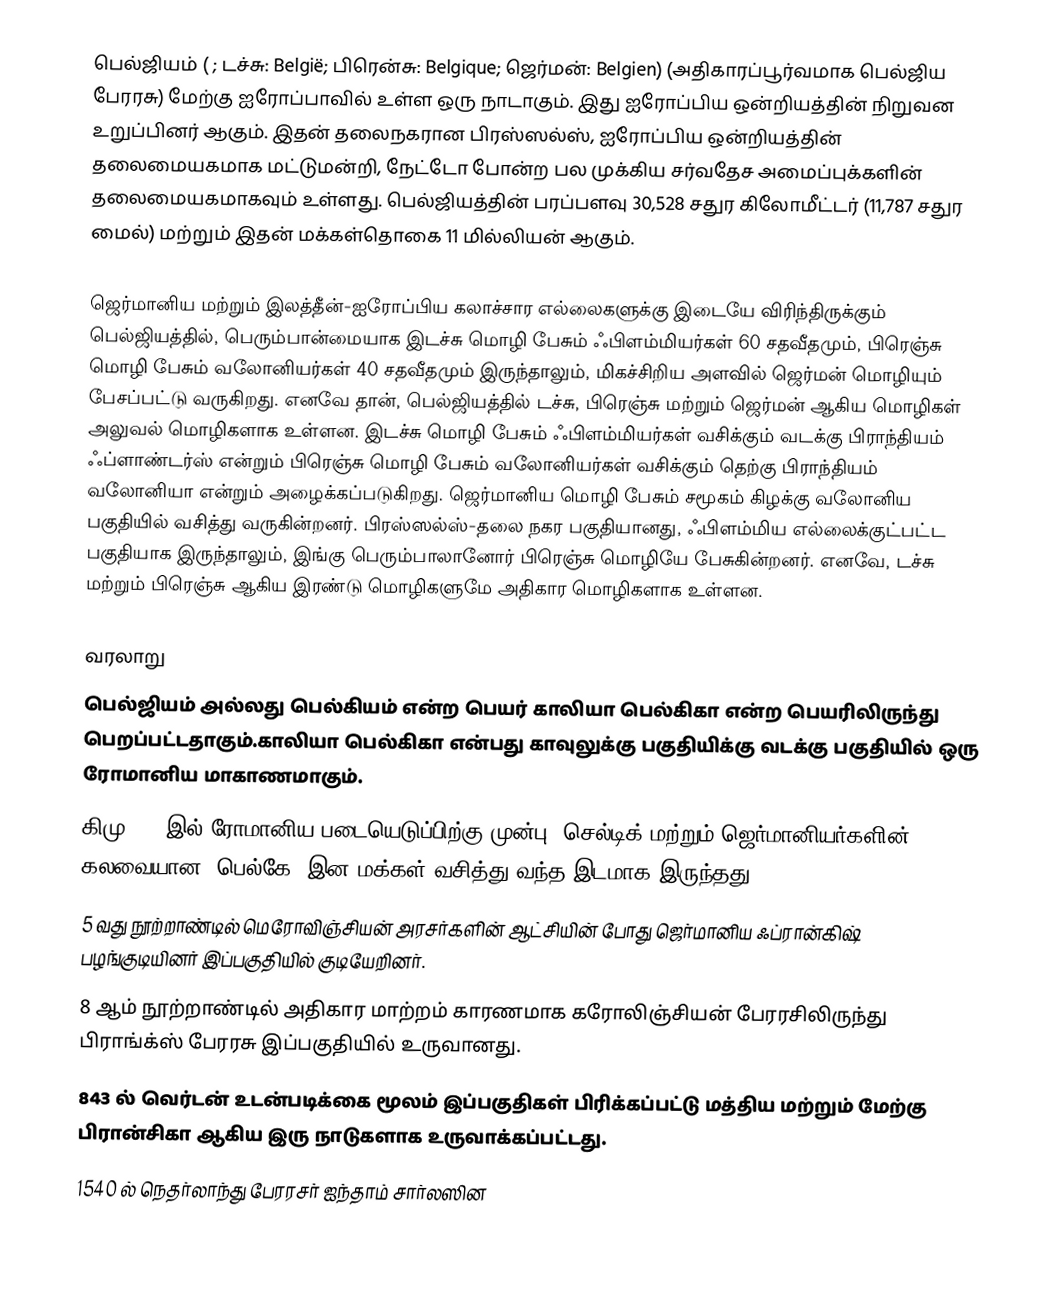
பெல்ஜியம் ( ; டச்சு: België; பிரென்சு: Belgique; ஜெர்மன்: Belgien) (அதிகாரப்பூர்வமாக பெல்ஜிய பேரரசு) மேற்கு ஐரோப்பாவில் உள்ள ஒரு நாடாகும். இது ஐரோப்பிய ஒன்றியத்தின் நிறுவன உறுப்பினர் ஆகும். இதன் தலைநகரான பிரஸ்ஸல்ஸ், ஐரோப்பிய ஒன்றியத்தின் தலைமையகமாக மட்டுமன்றி, நேட்டோ போன்ற பல முக்கிய சர்வதேச அமைப்புக்களின் தலைமையகமாகவும் உள்ளது. பெல்ஜியத்தின் பரப்பளவு 30,528 சதுர கிலோமீட்டர் (11,787 சதுர மைல்) மற்றும் இதன் மக்கள்தொகை 11 மில்லியன் ஆகும்.

ஜெர்மானிய மற்றும் இலத்தீன்-ஐரோப்பிய கலாச்சார எல்லைகளுக்கு இடையே விரிந்திருக்கும் பெல்ஜியத்தில், பெரும்பான்மையாக இடச்சு மொழி பேசும் ஃபிளம்மியர்கள் 60 சதவீதமும், பிரெஞ்சு மொழி பேசும் வலோனியர்கள் 40 சதவீதமும் இருந்தாலும், மிகச்சிறிய அளவில் ஜெர்மன் மொழியும் பேசப்பட்டு வருகிறது. எனவே தான், பெல்ஜியத்தில் டச்சு, பிரெஞ்சு மற்றும் ஜெர்மன் ஆகிய மொழிகள் அலுவல் மொழிகளாக உள்ளன. இடச்சு மொழி பேசும் ஃபிளம்மியர்கள் வசிக்கும் வடக்கு பிராந்தியம் ஃப்ளாண்டர்ஸ் என்றும் பிரெஞ்சு மொழி பேசும் வலோனியர்கள் வசிக்கும் தெற்கு பிராந்தியம் வலோனியா என்றும் அழைக்கப்படுகிறது. ஜெர்மானிய மொழி பேசும் சமூகம் கிழக்கு வலோனிய பகுதியில் வசித்து வருகின்றனர். பிரஸ்ஸல்ஸ்-தலை நகர பகுதியானது, ஃபிளம்மிய எல்லைக்குட்பட்ட பகுதியாக இருந்தாலும், இங்கு பெரும்பாலானோர் பிரெஞ்சு மொழியே பேசுகின்றனர். எனவே, டச்சு மற்றும் பிரெஞ்சு ஆகிய இரண்டு மொழிகளுமே அதிகார மொழிகளாக உள்ளன.

வரலாறு
பெல்ஜியம் அல்லது பெல்கியம் என்ற பெயர் காலியா பெல்கிகா என்ற பெயரிலிருந்து பெறப்பட்டதாகும்.காலியா பெல்கிகா என்பது காவுலுக்கு பகுதியிக்கு வடக்கு பகுதியில் ஒரு ரோமானிய மாகாணமாகும்.
 கிமு 100 இல் ரோமானிய படையெடுப்பிற்கு முன்பு, செல்டிக் மற்றும் ஜெர்மானியர்களின் கலவையான 'பெல்கே' இன மக்கள் வசித்து வந்த இடமாக இருந்தது.
 5 வது நூற்றாண்டில் மெரோவிஞ்சியன் அரசர்களின் ஆட்சியின் போது ஜெர்மானிய ஃப்ரான்கிஷ் பழங்குடியினர் இப்பகுதியில் குடியேறினர்.
 8 ஆம் நூற்றாண்டில் அதிகார மாற்றம் காரணமாக கரோலிஞ்சியன் பேரரசிலிருந்து பிராங்க்ஸ் பேரரசு இப்பகுதியில் உருவானது.
 843 ல் வெர்டன் உடன்படிக்கை மூலம் இப்பகுதிகள் பிரிக்கப்பட்டு மத்திய மற்றும் மேற்கு பிரான்சிகா ஆகிய இரு நாடுகளாக உருவாக்கப்பட்டது.
 1540 ல் நெதர்லாந்து பேரரசர் ஐந்தாம் சார்லஸின